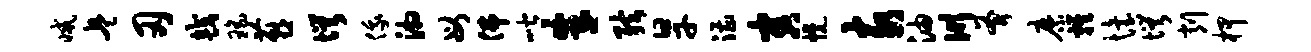
减兵刃较瑶燕愕俄湘母佛喈朱弦旱漕害幌亥油川斧縻鸡怡愕削柙